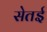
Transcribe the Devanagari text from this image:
सेतई